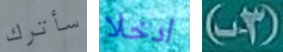
سأترك ادخلا (3-ب)